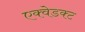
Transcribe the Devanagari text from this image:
एक्वेडक्ट